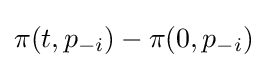
\pi (t,p_{-i})-\pi (0,p_{-i})